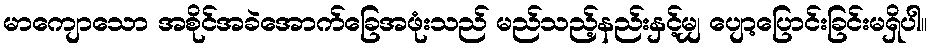
မာကျောသော အစိုင်အခဲအောက်ခြေအဖုံးသည် မည်သည့်နည်းနှင့်မျှ ပျော့ပြောင်းခြင်းမရှိပါ။